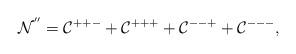
LaTeX: \begin{align*}\mathcal{N}^{''} & = \mathcal{C}^{++-} + \mathcal{C}^{+++} + \mathcal{C}^{--+} + \mathcal{C}^{---},\end{align*}